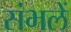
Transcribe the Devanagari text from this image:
संभलें